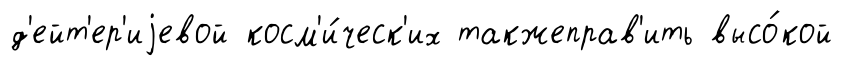
д'ейт'ер'иjевой косм'и́ческ'их такжеправ'ить высо́кой